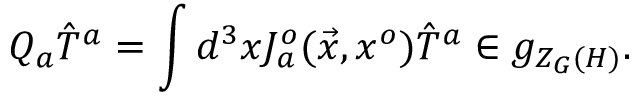
Q _ { a } { \hat { T } } ^ { a } = \int d ^ { 3 } x J _ { a } ^ { o } ( \vec { x } , x ^ { o } ) { \hat { T } } ^ { a } \in g _ { Z _ { G } ( H ) } .